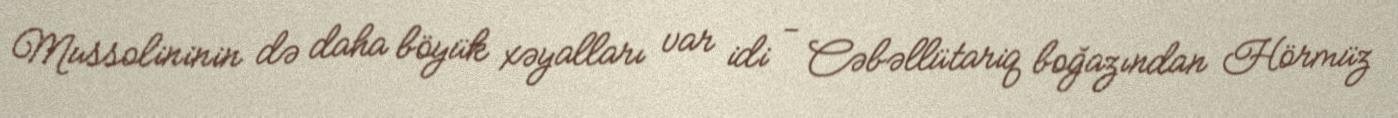
Mussolininin də daha böyük xəyalları var idi - Cəbəllütariq boğazından Hörmüz